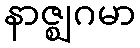
နာဇ္ဈဂမာ